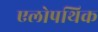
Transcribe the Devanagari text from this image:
एलोपथिक